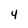
Character: 4